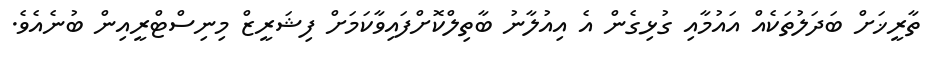
ތާރީޚަށް ބަދަލުތަކެއް އައުމާއި ގުޅިގެން އެ އިއުލާނު ބާތިލްކޮށްފައިވާކަމަށް ފިޝަރީޒް މިނިސްޓްރީއިން ބުނެއެވެ.